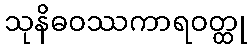
သုနိဓဝဿကာရဝတ္ထု